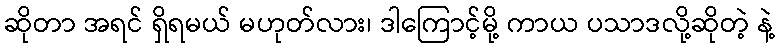
ဆိုတာ အရင် ရှိရမယ် မဟုတ်လား၊ ဒါကြောင့်မို့ ကာယ ပသာဒလို့ဆိုတဲ့ နဲ့